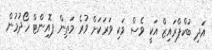
އަދި ބުކްޕްރައިޒް އަކީ ވެސް ވަކި ވަރަކަށް ވުރެ މަތިން ޕޮއިންޓް ހޯދުމުން